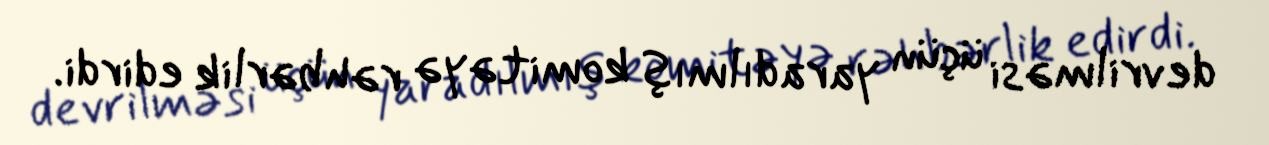
devrilməsi üçün yaradılmış komitəyə rəhbərlik edirdi.